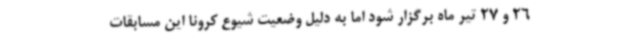
26 و 27 تیر ماه برگزار شود اما به دلیل وضعیت شیوع کرونا این مسابقات